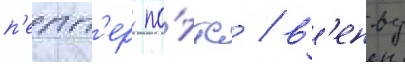
п'епп'ер по́ттс / в'енву